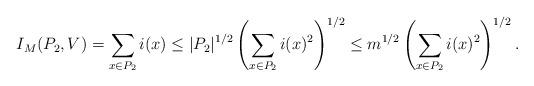
LaTeX: \begin{align*}I_M(P_2, V) = \sum_{x \in P_2} i(x) \leq |P_2|^{1/2} \left(\sum_{x \in P_2} i(x)^2 \right)^{1/2} \leq m^{1/2} \left(\sum_{x \in P_2} i(x)^2 \right)^{1/2}.\end{align*}